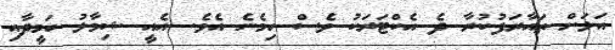
އަލަށް ތައާރަފުކުރާ ދެ އެކްޓަރަކު ވެސް ހިމެނެ އެވެ. އެއީ ޝިމާލު ހަމީދާއި